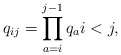
\begin{gather*}q_{ij}=\prod_{a=i}^{j-1} q_a i < j,\end{gather*}